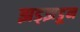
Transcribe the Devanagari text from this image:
झड्झडून